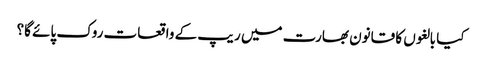
کیا بالغوں کا قانون بھارت میں ریپ کے واقعات روک پائے گا؟